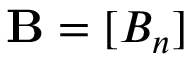
\mathbf { B } = [ B _ { n } ]